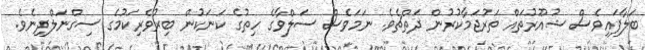
ބަލާފައިވެސް ޝުއޫރުތައް ތަރުޖަމާކުރުން ދަތްޗެވެ. ނަމަވެސް ސަލްވާގެ ހިތުގެ ކަނަކުން ބިރުވެރިކަމުގެ ސިގްނަލްދިނެވެ.